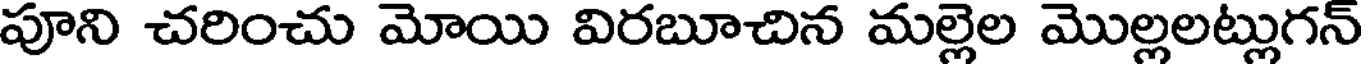
పూని చరించు మోయి విరబూచిన మల్లెల మొల్లలట్లుగన్